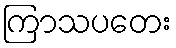
ကြာသပတေး